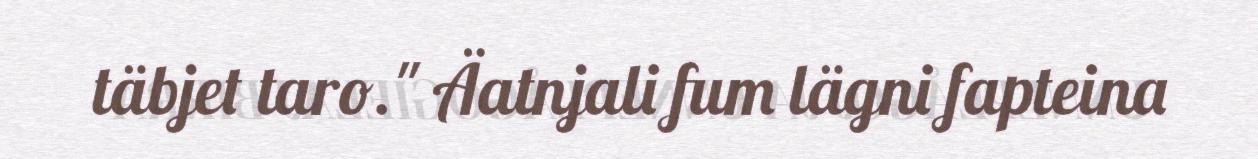
täbjet taro." Äatnjali fum lägni fapteina